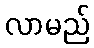
လာမည်